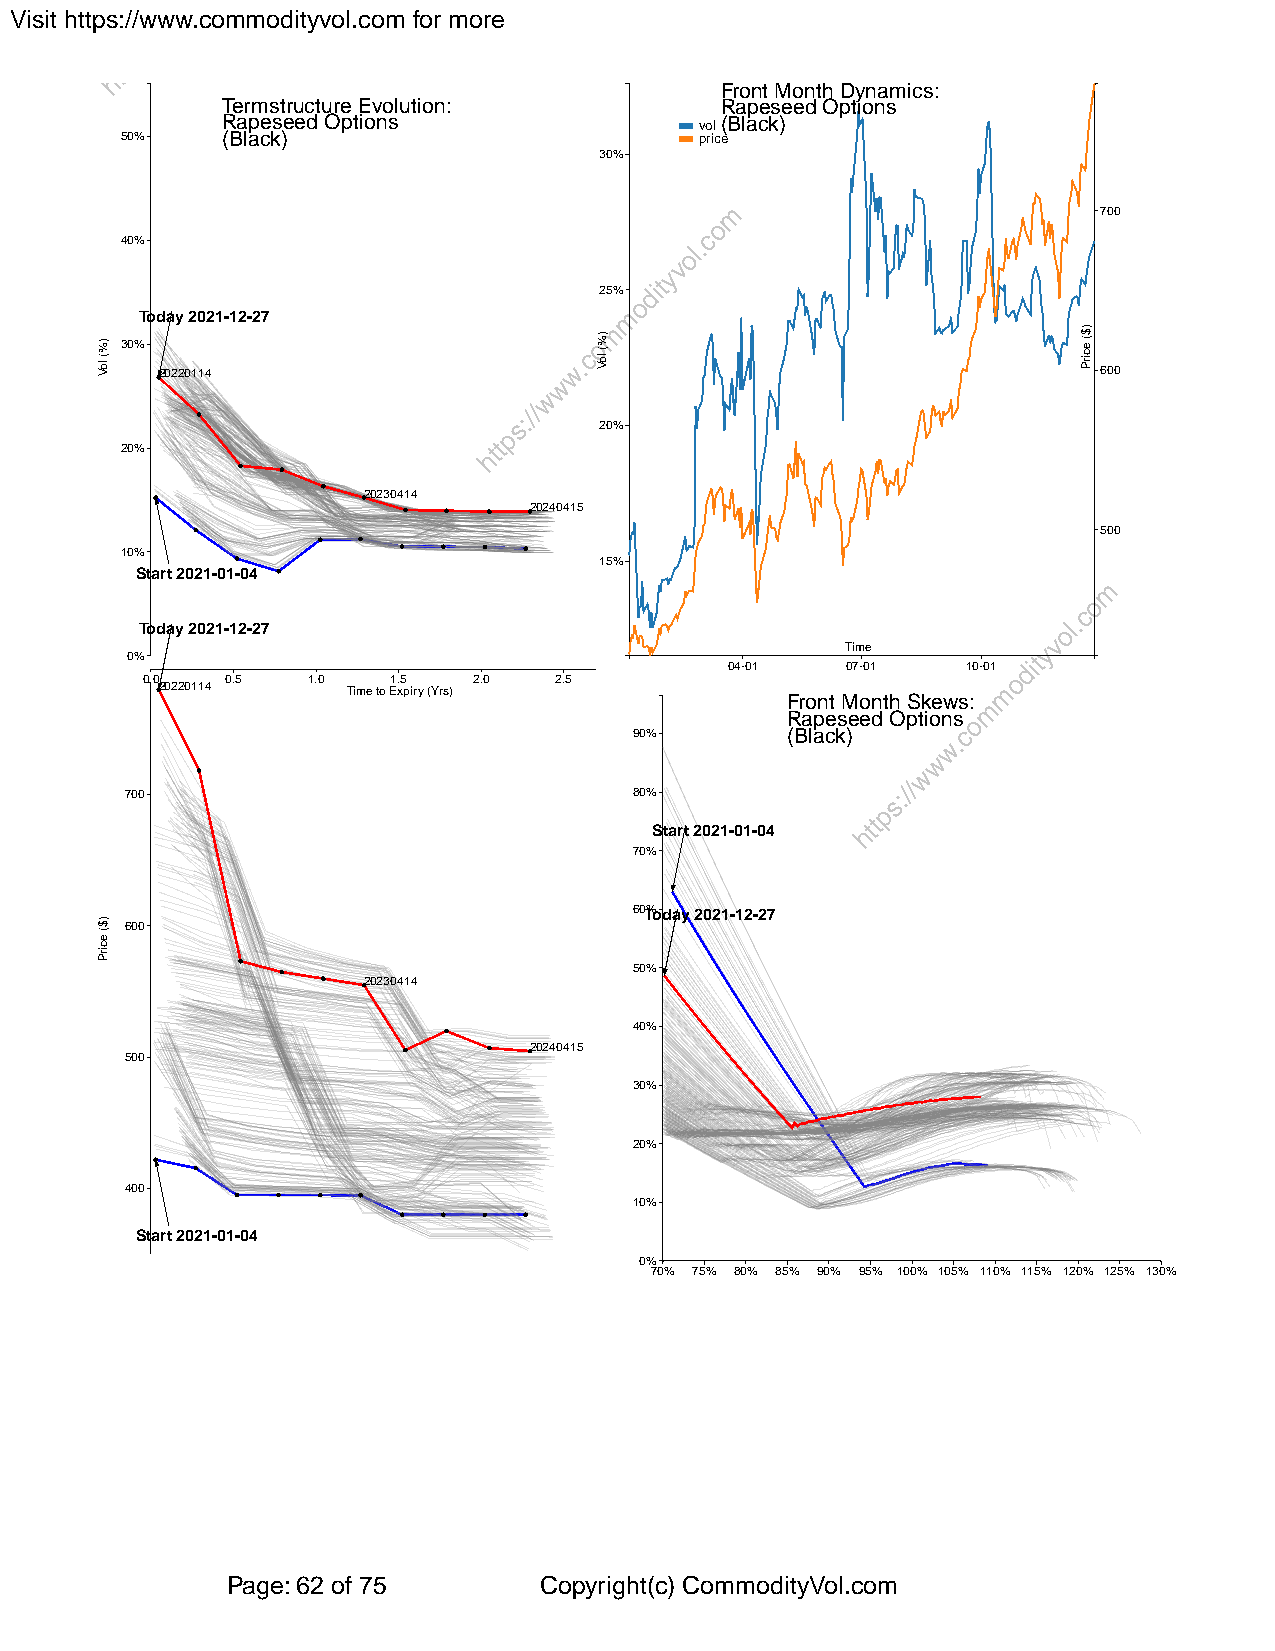
Visit https://www.commodityvol.com for more
 Front Month Dynamics:
 Termstructure Evolution:         Rapeseed Options
 Rapeseed Options               vol(Black)
 50%    (Black)                        price
 30%
 700
 40%
 25%
 Today 2021-12-27
 30%
 20220114                                                      600
 20%
 20%
 20230414
 20240415
 500
 10%
 15%
 Start 2021-01-04
 Today 2021-12-27
 Time
 0%
 04-01   07-01   10-01
 0.0   0.5  1.0   1.5  2.0   2.5
 20220114    Time to Expiry (Yrs)
 Front Month Skews:
 Rapeseed Options
 90%       (Black)
 700                               80%
 Start 2021-01-04
 70%
 60T%oday 2021-12-27
 600
 50%
 20230414
 40%
 20240415
 500
 30%
 20%
 400
 10%
 Start 2021-01-04
 0%
 70% 75% 80% 85% 90% 95% 100% 105% 110% 115% 120% 125% 130%
 Page: 62 of 75       Copyright(c) CommodityVol.com
 )%(
 loV
 )$(
 ecirP
 )%(
 loV
 )$(
 ecirP